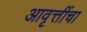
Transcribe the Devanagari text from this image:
आवृत्तींचा